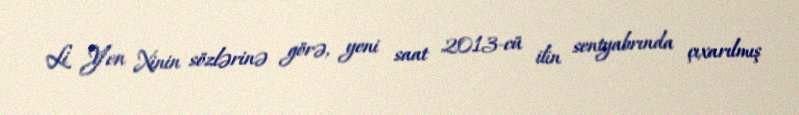
Li Yen Xinin sözlərinə görə, yeni saat 2013-cü ilin sentyabrında çıxarılmış